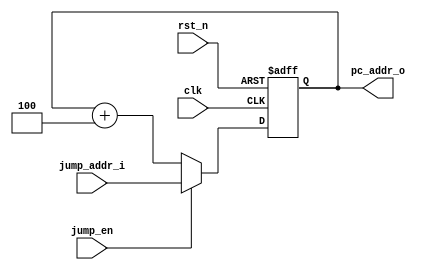
`timescale 1ns / 1ps
//////////////////////////////////////////////////////////////////////////////////
// Company: 
// Engineer: 
// 
// Design Name: 
// Module Name: pc_reg
// Project Name: 
// Target Devices: 
// Tool Versions: 
// Description: 
// 
// Dependencies: 
// 
// Revision:
// Revision 0.01 - File Created
// Additional Comments:
// 
//////////////////////////////////////////////////////////////////////////////////


module pc_reg(
    input wire          clk,
    input wire          rst_n,
    input wire [31:0]   jump_addr_i,
    input wire          jump_en,        
    output reg [31:0]   pc_addr_o
    );
    
    always@(posedge clk or negedge rst_n)
    begin
        if(!rst_n)
            begin
                pc_addr_o <= 32'd0;
            end
        else if(jump_en)
                pc_addr_o <= jump_addr_i;
            else
                pc_addr_o <= pc_addr_o + 'd4;
    end
endmodule